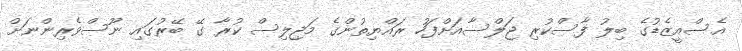
އެސްއީޒެޑުގެ ބިލު ފާސްކުރި ޖަލްސާއަށްފަހު ރައްޔިތުންގެ މަޖިލިސް ކުރާ ގޭ ބޭރުގައި ނޫސްވެރިންނަށް